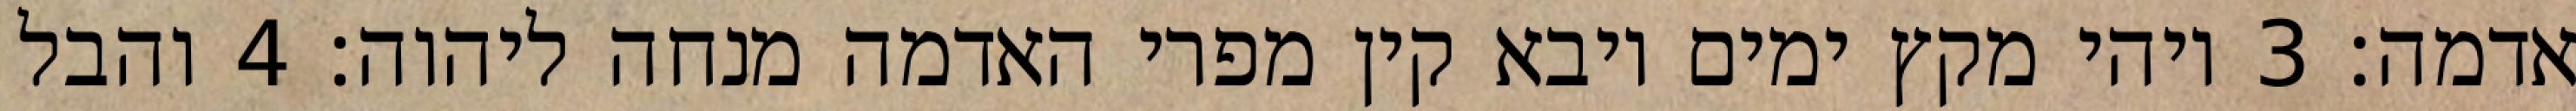
אדמה׃ ‎3‏ ויהי מקץ ימים ויבא קין מפרי האדמה מנחה ליהוה׃ ‎4‏ והבל